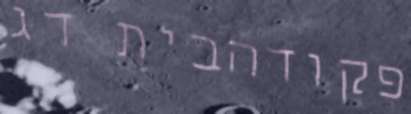
פקודהבית דג